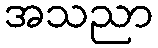
အသညာ